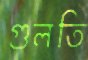
গুলতি